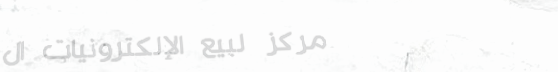
مركز لبيع الإلكترونيات ال